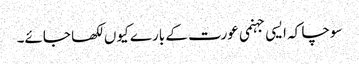
سوچا کہ ایسی جہنمی عورت کے بارے کیوں لکھا جائے۔